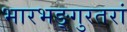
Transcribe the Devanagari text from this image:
भारभङ्गुरतरां